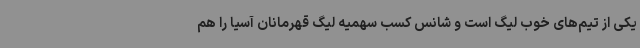
یکی از تیم‌های خوب لیگ است و شانس کسب سهمیه لیگ قهرمانان آسیا را هم